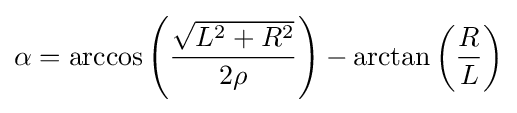
\alpha =\arccos \left({{\sqrt {L^{2}+R^{2}}} \over 2\rho }\right)-\arctan \left({R \over L}\right)